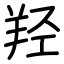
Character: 羟